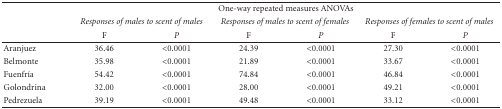
|  | <COLSPAN=6> One-way repeated measures ANOVAs |
 |  | <COLSPAN=2> Responses of males to scent of males | <COLSPAN=2> Responses of males to scent of females | <COLSPAN=2> Responses of females to scent of males |
 |  | F | P | F | P | F | P |
 | --- | --- | --- | --- | --- | --- | --- |
 | Aranjuez | 36.46 | <0.0001 | 24.39 | <0.0001 | 27.30 | <0.0001 |
 | Belmonte | 35.98 | <0.0001 | 21.89 | <0.0001 | 33.67 | <0.0001 |
 | Fuenfría | 54.42 | <0.0001 | 74.84 | <0.0001 | 46.84 | <0.0001 |
 | Golondrina | 32.00 | <0.0001 | 28.00 | <0.0001 | 49.21 | <0.0001 |
 | Pedrezuela | 39.19 | <0.0001 | 49.48 | <0.0001 | 33.12 | <0.0001 |